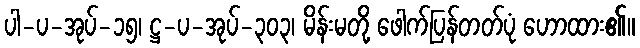
ပါ-ပ-အုပ်-၁၅၊ ဋ္ဌ-ပ-အုပ်-၃၀၃၊ မိန်းမတို့ ဖေါက်ပြန်တတ်ပုံ ဟောထား၏။